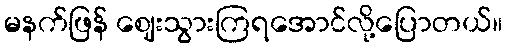
မနက်ဖြန် ဈေးသွားကြရအောင်လို့ပြောတယ်။